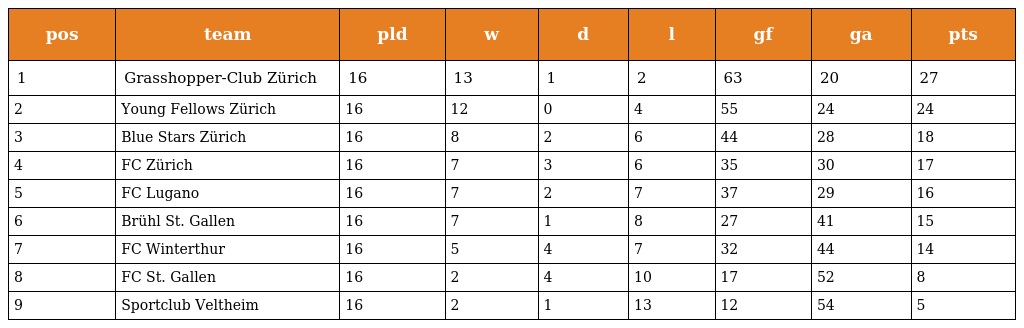
| pos | team | pld | w | d | l | gf | ga | pts |
 | --- | --- | --- | --- | --- | --- | --- | --- | --- |
 | 1 | Grasshopper-Club Zürich | 16 | 13 | 1 | 2 | 63 | 20 | 27 |
 | 2 | Young Fellows Zürich | 16 | 12 | 0 | 4 | 55 | 24 | 24 |
 | 3 | Blue Stars Zürich | 16 | 8 | 2 | 6 | 44 | 28 | 18 |
 | 4 | FC Zürich | 16 | 7 | 3 | 6 | 35 | 30 | 17 |
 | 5 | FC Lugano | 16 | 7 | 2 | 7 | 37 | 29 | 16 |
 | 6 | Brühl St. Gallen | 16 | 7 | 1 | 8 | 27 | 41 | 15 |
 | 7 | FC Winterthur | 16 | 5 | 4 | 7 | 32 | 44 | 14 |
 | 8 | FC St. Gallen | 16 | 2 | 4 | 10 | 17 | 52 | 8 |
 | 9 | Sportclub Veltheim | 16 | 2 | 1 | 13 | 12 | 54 | 5 |